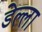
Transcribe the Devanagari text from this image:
डेल्ला